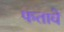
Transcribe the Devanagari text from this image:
फतावे